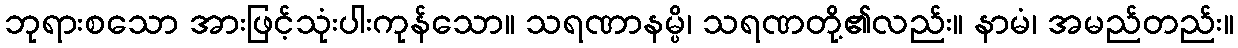
ဘုရားစသော အားဖြင့်သုံးပါးကုန်သော။ သရဏာနမ္ပိ၊ သရဏတို့၏လည်း။ နာမံ၊ အမည်တည်း။